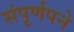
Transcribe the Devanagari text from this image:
संपूर्णपने